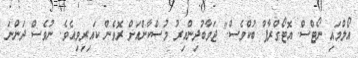
އޯލްމައި ނޯޓްސް. އޮޓޯގްރާފް ބުކްވެސް." ޖަވާބުދިންއިރު މުސްކާންއަށް ރޮވެން ކައިރިވިއެވެ. ނުވެސް ދަންނަ